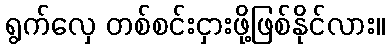
ရွက်လှေ တစ်စင်းငှားဖို့ဖြစ်နိုင်လား။